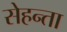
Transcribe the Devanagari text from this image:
सेहन्‍ता